Leaving Certificate Examination (including Day School Certificate (Higher) General paper), 1929
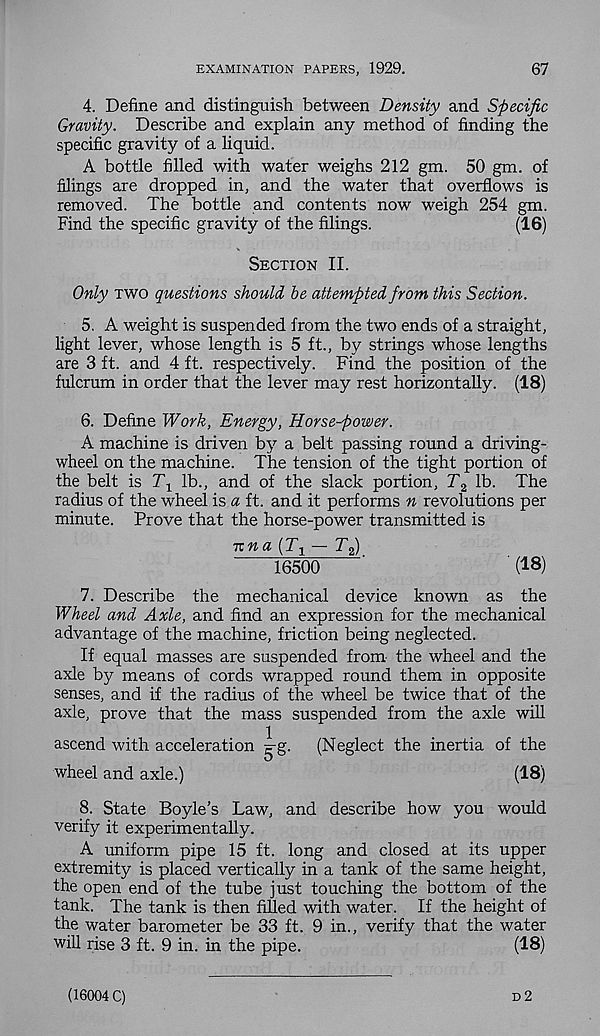
EXAMINATION PAPERS, 1929.
67
4. Define and distinguish between Density and Specific
Gravity. Describe and explain any method of finding the
specific gravity of a liquid.
A bottle filled with water weighs 212 gm. 50 gm. of
filings are dropped in, and the water that overflows is
removed. The bottle and contents now weigh 254 gm.
Find the specific gravity of the filings.
(16)
Section II.
Only two questions should be attempted from this Section.
5. A weight is suspended from the two ends of a straight,
light lever, whose length is 5 ft., by strings whose lengths
are 3 ft. and 4 ft. respectively. Find the position of the
fulcrum in order that the lever may rest horizontally. (18)
6. Define Work, Energy, Horse-power.
A machine is driven by a belt passing round a driving-
wheel on the machine. The tension of the tight portion of
the belt is T x lb., and of the slack portion, T 2 lb. The
radius of the wheel is a ft. and it performs n revolutions per
minute. Prove that the horse-power transmitted is
una (T 1 — T 2 )
16500
'
(18)
7. Describe the mechanical device known as the
Wheel and Axle, and find an expression for the mechanical
advantage of the machine, friction being neglected.
If equal masses are suspended from the wheel and the
axle by means of cords wrapped round them in opposite
senses, and if the radius of the wheel be twice that of the
axle, prove that the mass suspended from the axle will
ascend with acceleration g-g.
(Neglect the inertia of the
wheel and axle.)
(18)
8. State Boyle’s Law, and describe how you would
verify it experimentally.
A uniform pipe 15 ft. long and closed at its upper
extremity is placed vertically in a tank of the same height,
the open end of the tube just touching the bottom of the
tank. The tank is then filled with water. If the height of
the water barometer be 33 ft. 9 in., verify that the water
will rise 3 ft. 9 in. in the pipe.
(18)
d 2
(16004 C)